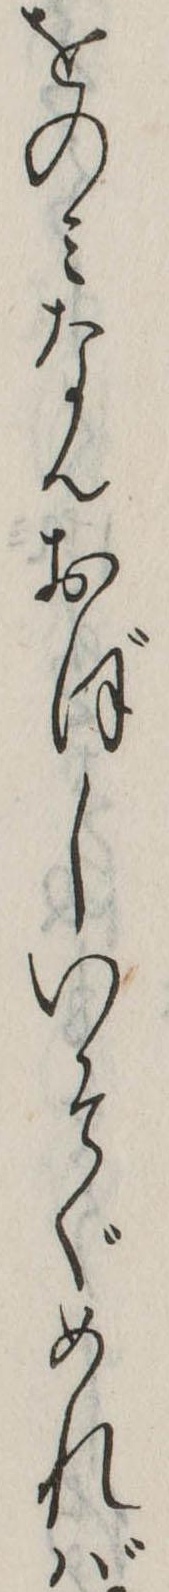
をのみなんおぼしいそぐめれば